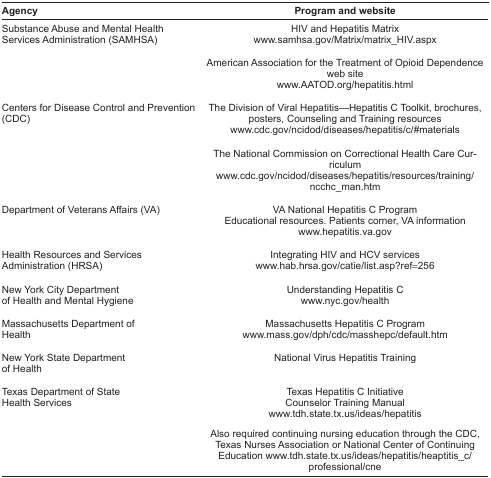
<table><thead><tr><td><b>Agency</b></td><td><b>Program and website</b></td></tr></thead><tbody><tr><td>Substance Abuse and Mental Health Services Administration (SAMHSA)</td><td>HIV and Hepatitis Matrix www.samhsa.gov/Matrix/matrix_HIV.aspxAmerican Association for the Treatment of Opioid Dependence web site www.AATOD.org/hepatitis.html</td></tr><tr><td>Centers for Disease Control and Prevention (CDC)</td><td>The Division of Viral Hepatitis—Hepatitis C Toolkit, brochures, posters, Counseling and Training resources www.cdc.gov/ncidod/diseases/hepatitis/c/#materialsThe National Commission on Correctional Health Care Curriculum www.cdc.gov/ncidod/diseases/hepatitis/resources/training/ncchc_man.htm</td></tr><tr><td>Department of Veterans Affairs (VA)</td><td>VA National Hepatitis C Program Educational resources. Patients corner, VA information www.hepatitis.va.gov</td></tr><tr><td>Health Resources and Services Administration (HRSA)</td><td>Integrating HIV and HCV services www.hab.hrsa.gov/catie/list.asp?ref=256</td></tr><tr><td>New York City Department of Health and Mental Hygiene</td><td>Understanding Hepatitis C www.nyc.gov/health</td></tr><tr><td>Massachusetts Department of Health</td><td>Massachusetts Hepatitis C Program www.mass.gov/dph/cdc/masshepc/default.htm</td></tr><tr><td>New York State Department of Health</td><td>National Virus Hepatitis Training</td></tr><tr><td>Texas Department of State Health Services</td><td>Texas Hepatitis C Initiative Counselor Training Manual www.tdh.state.tx.us/ideas/hepatitisAlso required continuing nursing education through the CDC, Texas Nurses Association or National Center of ContinuingEducation www.tdh.state.tx.us/ideas/hepatitis/heaptitis_c/professional/cne</td></tr></tbody></table>